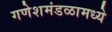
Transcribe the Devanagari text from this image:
गणेशमंडळामध्ये